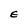
Character: E